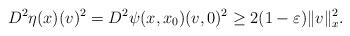
LaTeX: \begin{align*}D^{2}\eta(x)(v)^{2}=D^{2}\psi(x,x_0)(v,0)^{2}\geq 2(1-\varepsilon)\|v\|_{x}^{2}.\end{align*}